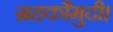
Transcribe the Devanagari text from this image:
ग्रहकौमुदी।